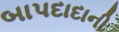
બાપદાદાની